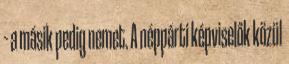
– a másik pedig nemet. A néppárti képviselők közül